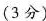
(3分)